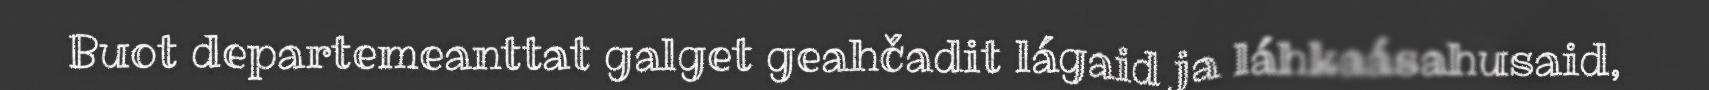
Buot departemeanttat galget geahčadit lágaid ja láhkaásahusaid,